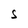
Character: S